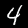
Label: 4